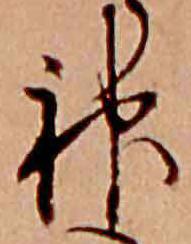
神